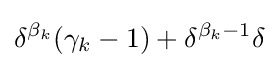
\delta ^{\beta _{k}}(\gamma _{k}-1)+\delta ^{\beta _{k}-1}\delta